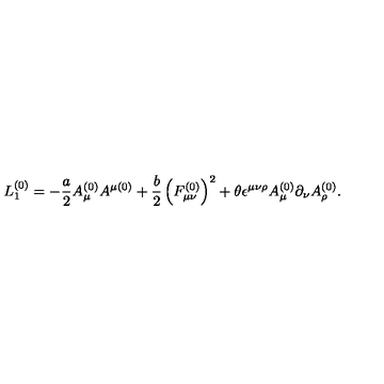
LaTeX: L _ { 1 } ^ { \left( 0 \right) } = - \frac { a } { 2 } A _ { \mu } ^ { \left( 0 \right) } A ^ { \mu \left( 0 \right) } + \frac { b } { 2 } \left( F _ { \mu \nu } ^ { \left( 0 \right) } \right) ^ { 2 } + \theta \epsilon ^ { \mu \nu \rho } A _ { \mu } ^ { \left( 0 \right) } \partial _ { \nu } A _ { \rho } ^ { \left( 0 \right) } .